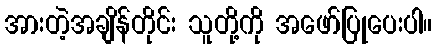
အားတဲ့အချိန်တိုင်း သူတို့ကို အဖော်ပြုပေးပါ။